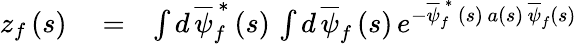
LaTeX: \begin{array}{rlr}{z_{f}\left(s\right)}&{{}=}&{\int d\, \overline{{\psi}}_{f}^{\, \ast}\left(s\right)\, \int d\, \overline{{\psi}}_{f}\left(s\right)\, e^{-\overline{{\psi}}_{f}^{\, \ast}\, \left(s\right)\, a\left(s\right)\, \overline{{\psi}}_{f}\left(s\right)}}\end{array}